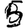
Digit: 5